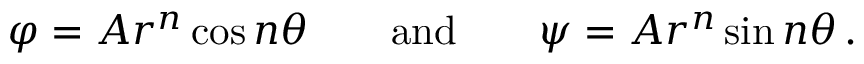
\varphi = A r ^ { n } \cos n \theta \qquad { \mathrm { a n d } } \qquad \psi = A r ^ { n } \sin n \theta \, .